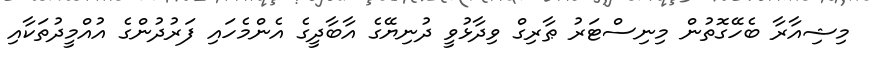
މިޝިއާރާ ބެހޭގޮތުން މިނިސްޓަރު ޠާރިގް ވިދާޅުވީ ދުނިޔޭގެ އާބާދީގެ އެންމެހައި ފަރުދުންގެ އުއްމީދުތަކާއި